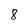
Character: 8